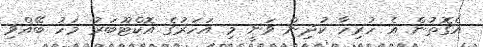
އެގޮތުން އެ ހުރިހާ ކުދިން ވަނީ މި އަހަރުގެ އޮކްޓޫބަރު މަހު ބޭއްވި